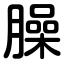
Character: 臊